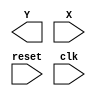
`timescale 1ns/10ps
/*
 * IC Contest Computational System (CS)
*/
module CS(Y, X, reset, clk);

input clk, reset; 
input [7:0] X;
output [9:0] Y;
 
endmodule